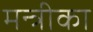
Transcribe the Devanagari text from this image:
मन्त्रीका